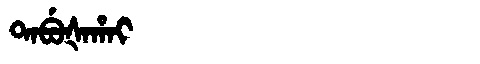
Manchu: ᡨᠠᠪᡠᡧᠠᡥᠠᡳ
Romanization: TABUŠAHAI